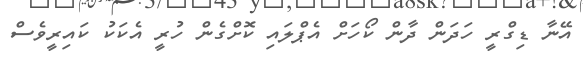
އޭނާ ޑިގްރީ ހަދަން ދާން ކޯހަށް އެޕްލައި ކޮށްގެން ހުރީ އެކަކު ކައިރީވެސް